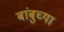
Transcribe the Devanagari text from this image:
बांबुच्या